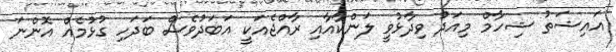
އައިޝަތު ޝިހާމް މިއަދު ވިދާޅުވީ ލަންކާއާއި ރާއްޖެއަކީ އަބަދުވެސް ބަދަހި ގުޅުމެއް އޮންނަ